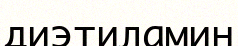
диэтиламин